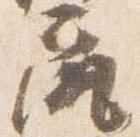
尻